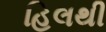
હિલથી